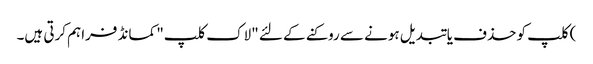
) کلپ کو حذف یا تبدیل ہونے سے روکنے کے لئے "لاک کلپ" کمانڈ فراہم کرتی ہیں۔